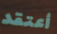
أعتقد